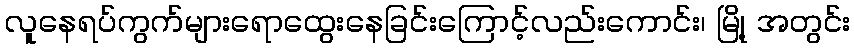
လူနေရပ်ကွက်များရောထွေးနေခြင်းကြောင့်လည်းကောင်း၊ မြို့ အတွင်း